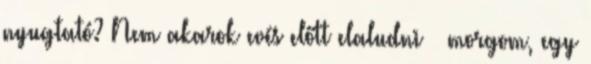
nyugtató? Nem akarok evés előtt elaludni – morgom, egy